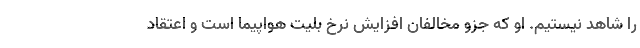
را شاهد نیستیم. او که جزو مخالفان افزایش نرخ بلیت هواپیما است و اعتقاد